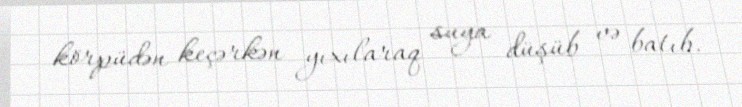
körpüdən keçərkən yıxılaraq suya düşüb və batıb.